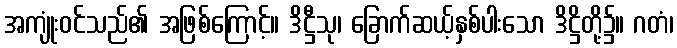
အကျုံးဝင်သည်၏ အဖြစ်ကြောင့်။ ဒိဋ္ဌီသု၊ ခြောက်ဆယ့်နှစ်ပါးသော ဒိဋ္ဌိတို့၌။ ဂတံ၊